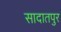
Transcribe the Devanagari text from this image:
सादातपुर